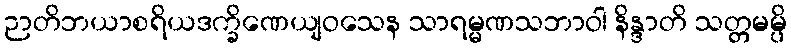
ဉာတိဘယာစရိယဒက္ခိဏေယျဝသေန သာရမ္မဏသဘာဝါ နိန္ဒာတိ သတ္တမမ္ပိ